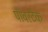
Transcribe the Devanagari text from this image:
पॉवरटेक